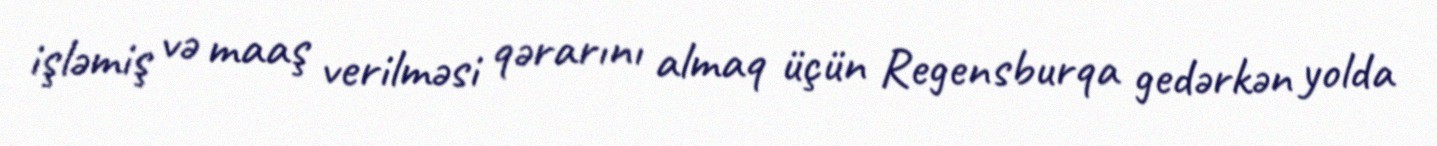
işləmiş və maaş verilməsi qərarını almaq üçün Regensburqa gedərkən yolda